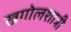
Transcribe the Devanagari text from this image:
खगोलशात्री